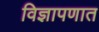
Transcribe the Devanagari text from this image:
विज्ञापणात